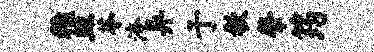
稚皿苓淹异于欷肇筠